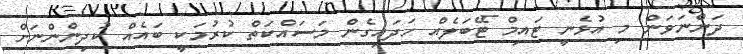
ދަންނަވަން މި އުޅެނީ ޓައިމް ޓޭބަލެއް ހަދައިގެން މަސައްކަތް ކުރުމަކީ ބައެއް ކުދިންންނަށް